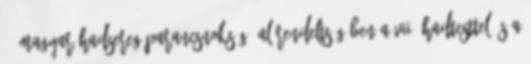
3. magyar hadsereg-parancsnokság, alárendeltségében a VII. hadtesttel és a